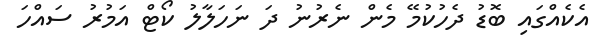
އެކެއްގައި ބޮޑު ދެހުކުމޭ މެން ނެރުނު ދަ ނަހަލާލު ކޯޓް އަމުރު ސައްހަ